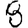
Digit: 8